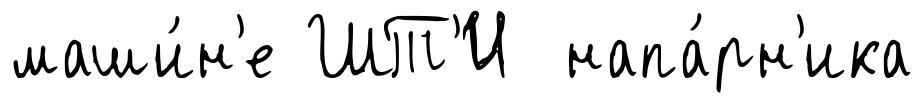
маши́н'е ШТ'И напа́рн'ика